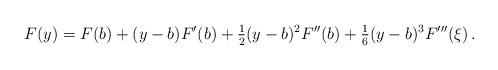
LaTeX: \begin{align*}F(y)=F(b)+(y-b)F'(b)+\tfrac12(y-b)^2F''(b)+\tfrac16(y-b)^3F'''(\xi)\,.\end{align*}